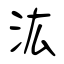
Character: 汯